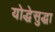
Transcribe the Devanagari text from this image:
योद्धेसुद्धा